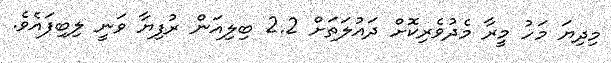
މިދިޔަ މަހު މީރާ މެދުވެރިކޮށް ދައުލަތަށް 2.2 ބިލިއަން ރުފިޔާ ވަނީ ލިބިފައެވެ.